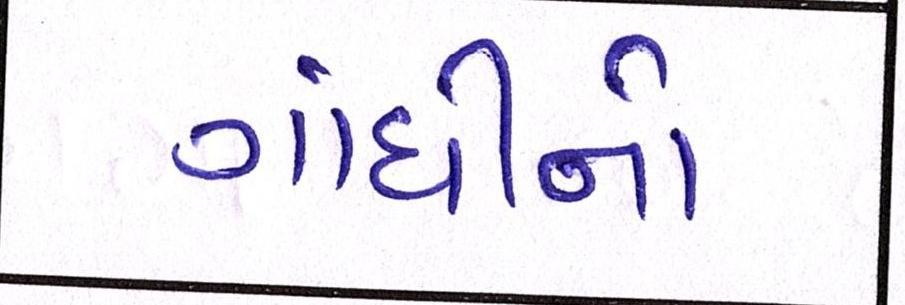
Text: ગાંધીનો